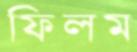
ফিলম